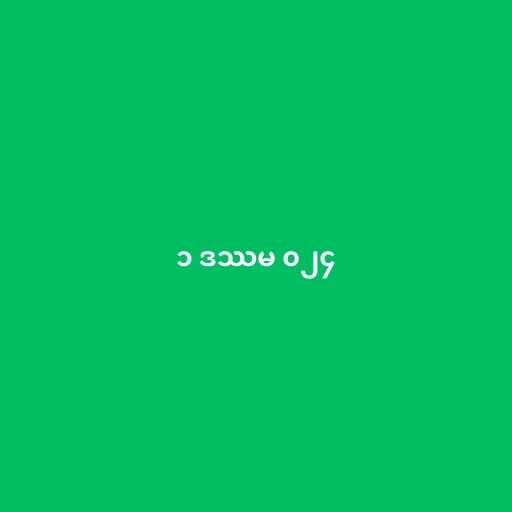
၁ ဒဿမ ၀၂၄